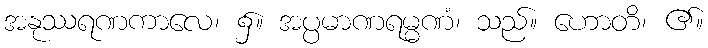
အနုဿရဏကာလေ၊ ၌။ အပ္ပမာဏရမ္မဏံ၊ သည်။ ဟောတိ၊ ၏။